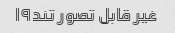
غیر قابل تصور تند۹ا